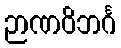
ဉာဏဝိဘင်္ဂ